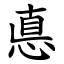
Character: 悳